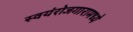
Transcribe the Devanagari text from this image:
स्वयंरोजगारामध्ये